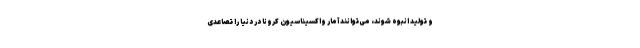
و تولید انبوه شوند، می‌توانند آمار واکسیناسیون کرونا در دنیا را تصاعدی